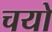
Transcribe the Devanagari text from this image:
चयो